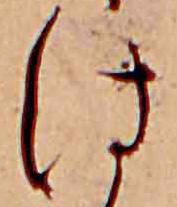
は